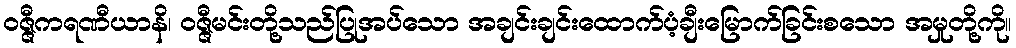
ဝဇ္ဇီကရဏီယာနိ၊ ဝဇ္ဇီမင်းတို့သည်ပြုအပ်သော အချင်းချင်းထောက်ပံ့ချီးမြောက်ခြင်းစသော အမှုတို့ကို။